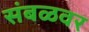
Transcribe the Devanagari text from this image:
संबळवर